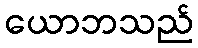
ယောဘသည်